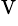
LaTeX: ^\mathrm{V}